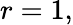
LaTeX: r=1,